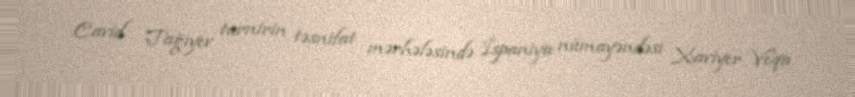
Cavid Tağıyev turnirin təsnifat mərhələsində İspaniya nümayəndəsi Xaviyer Veqa